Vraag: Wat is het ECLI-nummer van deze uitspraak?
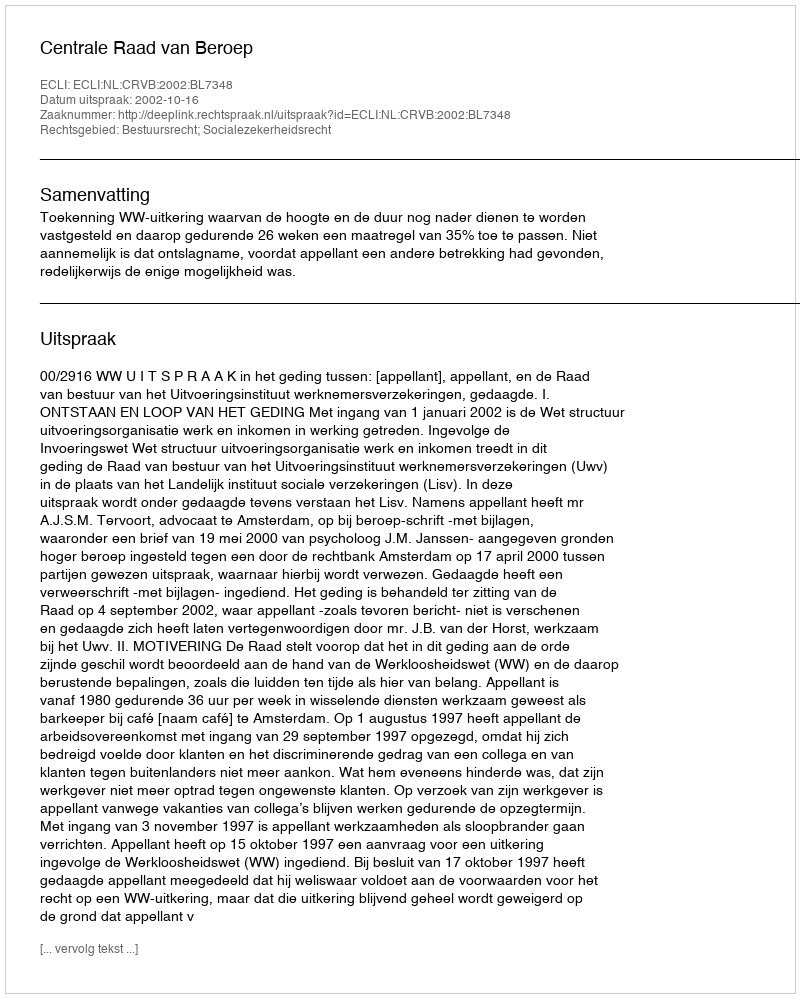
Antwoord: ECLI:NL:CRVB:2002:BL7348